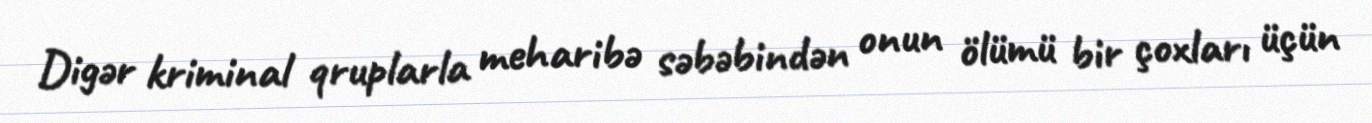
Digər kriminal qruplarla meharibə səbəbindən onun ölümü bir çoxları üçün